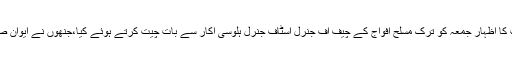
صدر مملکت نے ان خیالات کا اظہار جمعہ کو ترک مسلح افواج کے چیف آف جنرل اسٹاف جنرل ہلوسی آکار سے بات چیت کرتے ہوئے کیا،جنھوں نے ایوان صدر میں ان سے ملاقات کی۔